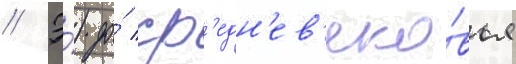
// Э́) до́ ср'едн'ев'еко́вья